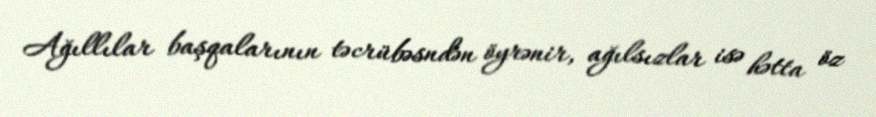
Ağıllılar başqalarının təcrübəsndən öyrənir, ağılsızlar isə hətta öz